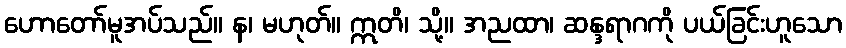
ဟောတော်မူအပ်သည်။ န၊ မဟုတ်။ ဣတိ၊ သို့။ အညထာ၊ ဆန္ဒရာဂကို ပယ်ခြင်းဟူသော